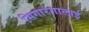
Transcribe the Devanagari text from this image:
सिगारंगालाई